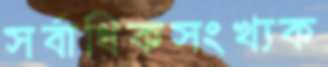
সর্বাধিকসংখ্যক